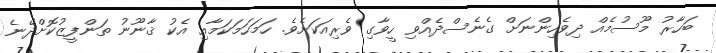
ބަހާރު މޫސުމެއް ދިވެހިންނަށް ގެނެސްދެއްވި ހީވާގި ވެރިއަކަށެވެ. ހަމަހަމަކަމާއި އެކު ޤާނޫނު ތަންފީޒުކޮށްދޭނެ